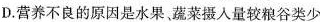
D.营养不良的原因是水果，蔬菜摄入量较粮谷类少